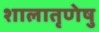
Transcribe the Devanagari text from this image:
शालातृणेषु